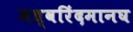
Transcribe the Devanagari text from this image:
मध्वरिंदमानघ